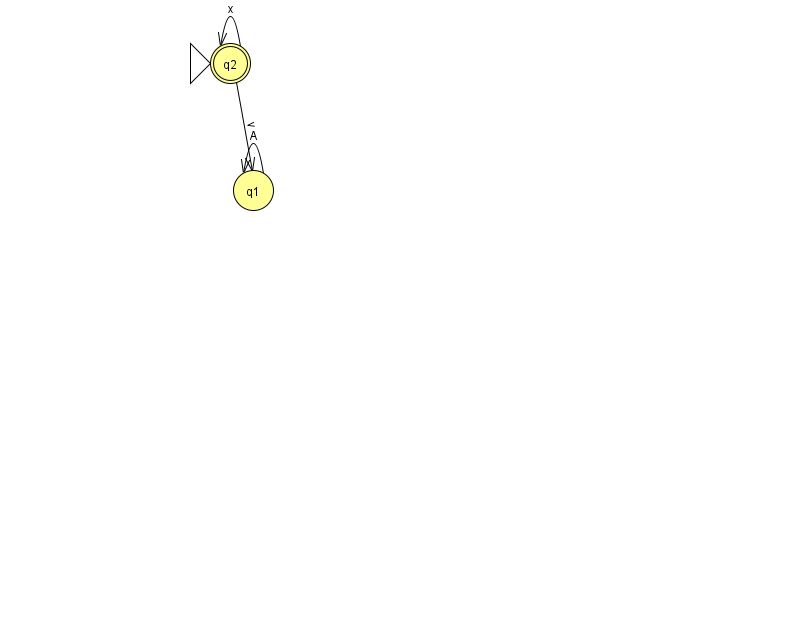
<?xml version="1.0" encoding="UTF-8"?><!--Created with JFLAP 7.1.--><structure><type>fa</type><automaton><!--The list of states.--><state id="1" name="q1"><x>253.0</x><y>177.0</y></state><state id="2" name="q2"><x>230.0</x><y>50.0</y><initial/><final/></state><!--The list of transitions.--><transition><from>1</from><to>1</to><read>A</read></transition><transition><from>2</from><to>1</to><read>v</read></transition><transition><from>2</from><to>2</to><read>x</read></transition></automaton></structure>